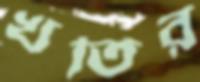
খতির